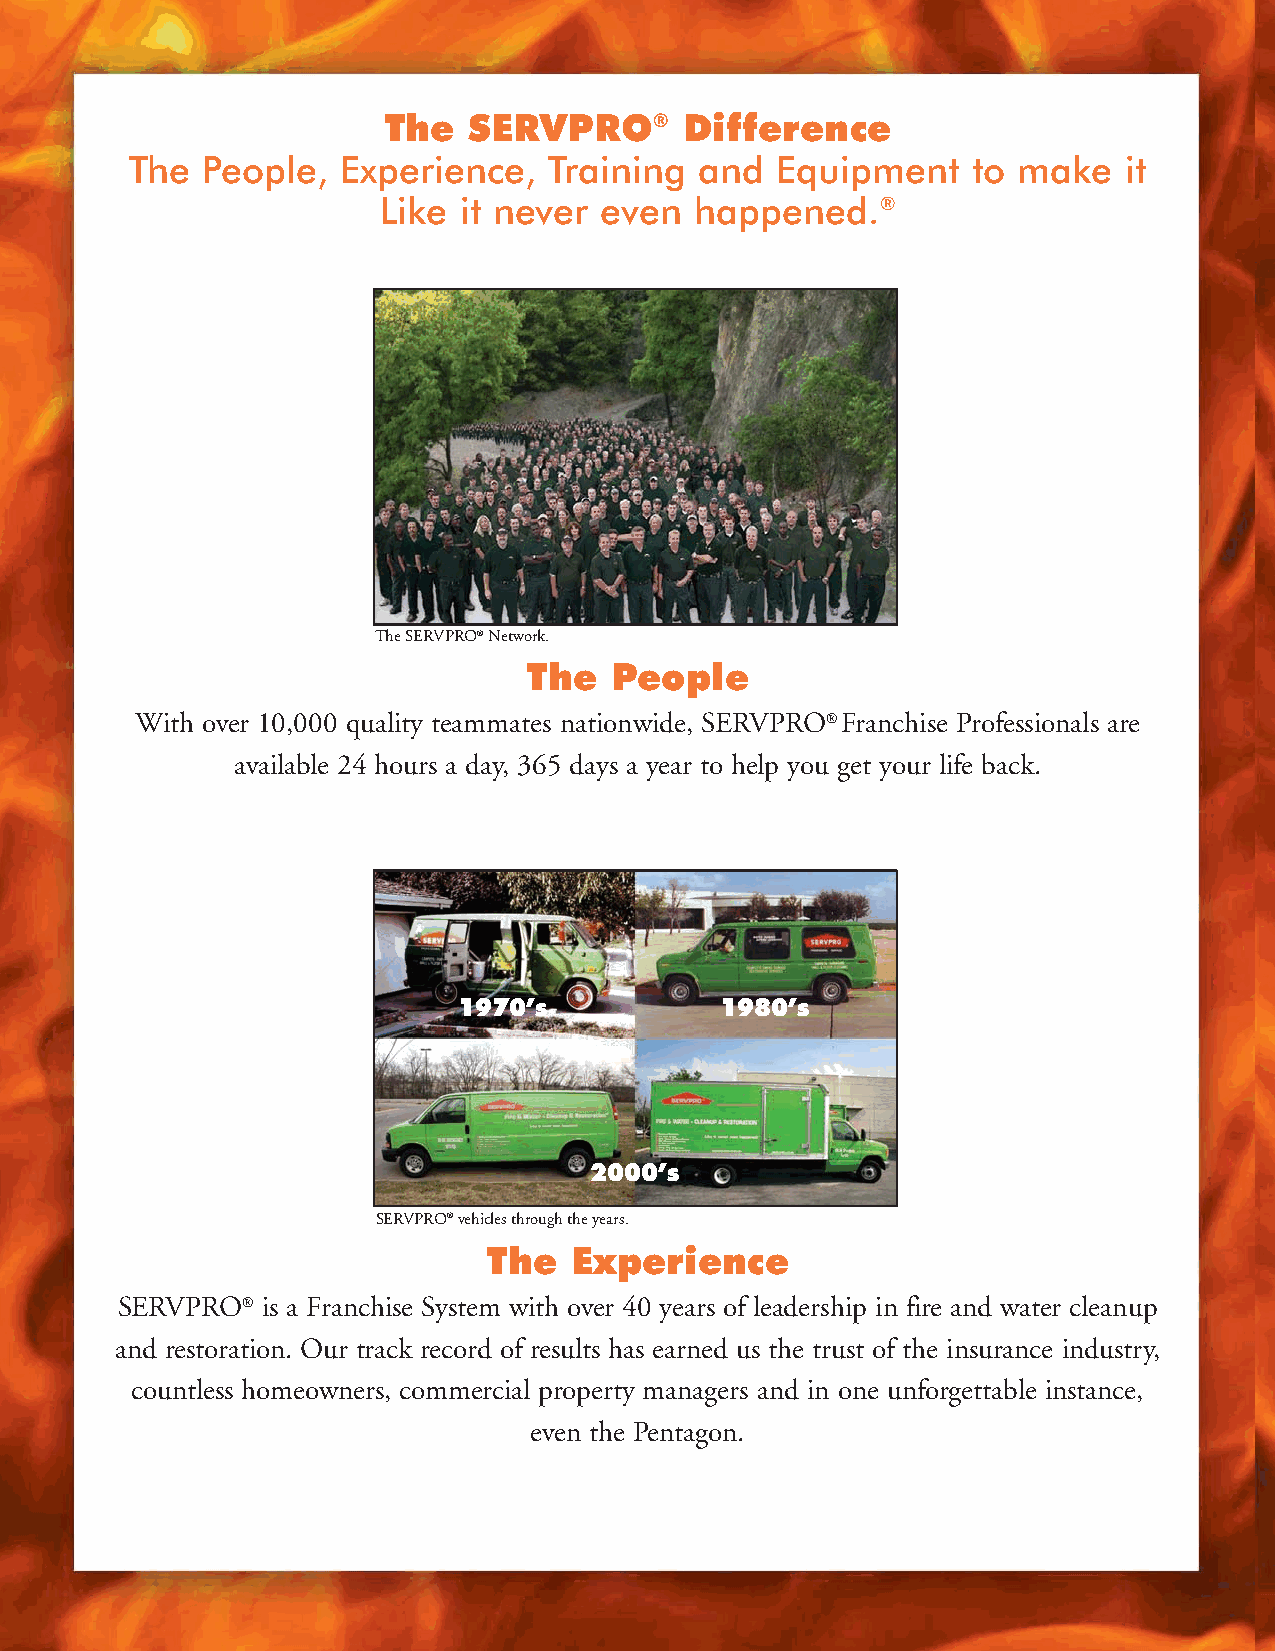
The   SERVPRO®      Difference
 The People,   Experience,  Training  and  Equipment    to make   it
 Like it never  even  happened.®
 The SERVPRO®Network.
 The  People
 With over 10,000 quality teammates nationwide, SERVPRO® Franchise Professionals are
 available 24 hours a day, 365 days a year to help you get your life back.
 1970’s            1980’s
 2000’s
 SERVPRO®vehicles through the years.
 The   Experience
 SERVPRO® is a Franchise System with over 40 years of leadership in fire and water cleanup
 and restoration. Our track record of results has earned us the trust of the insurance industry,
 countless homeowners, commercial property managers and in one unforgettable instance,
 even the Pentagon.